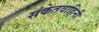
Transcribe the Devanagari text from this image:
संकेतवाहिनी